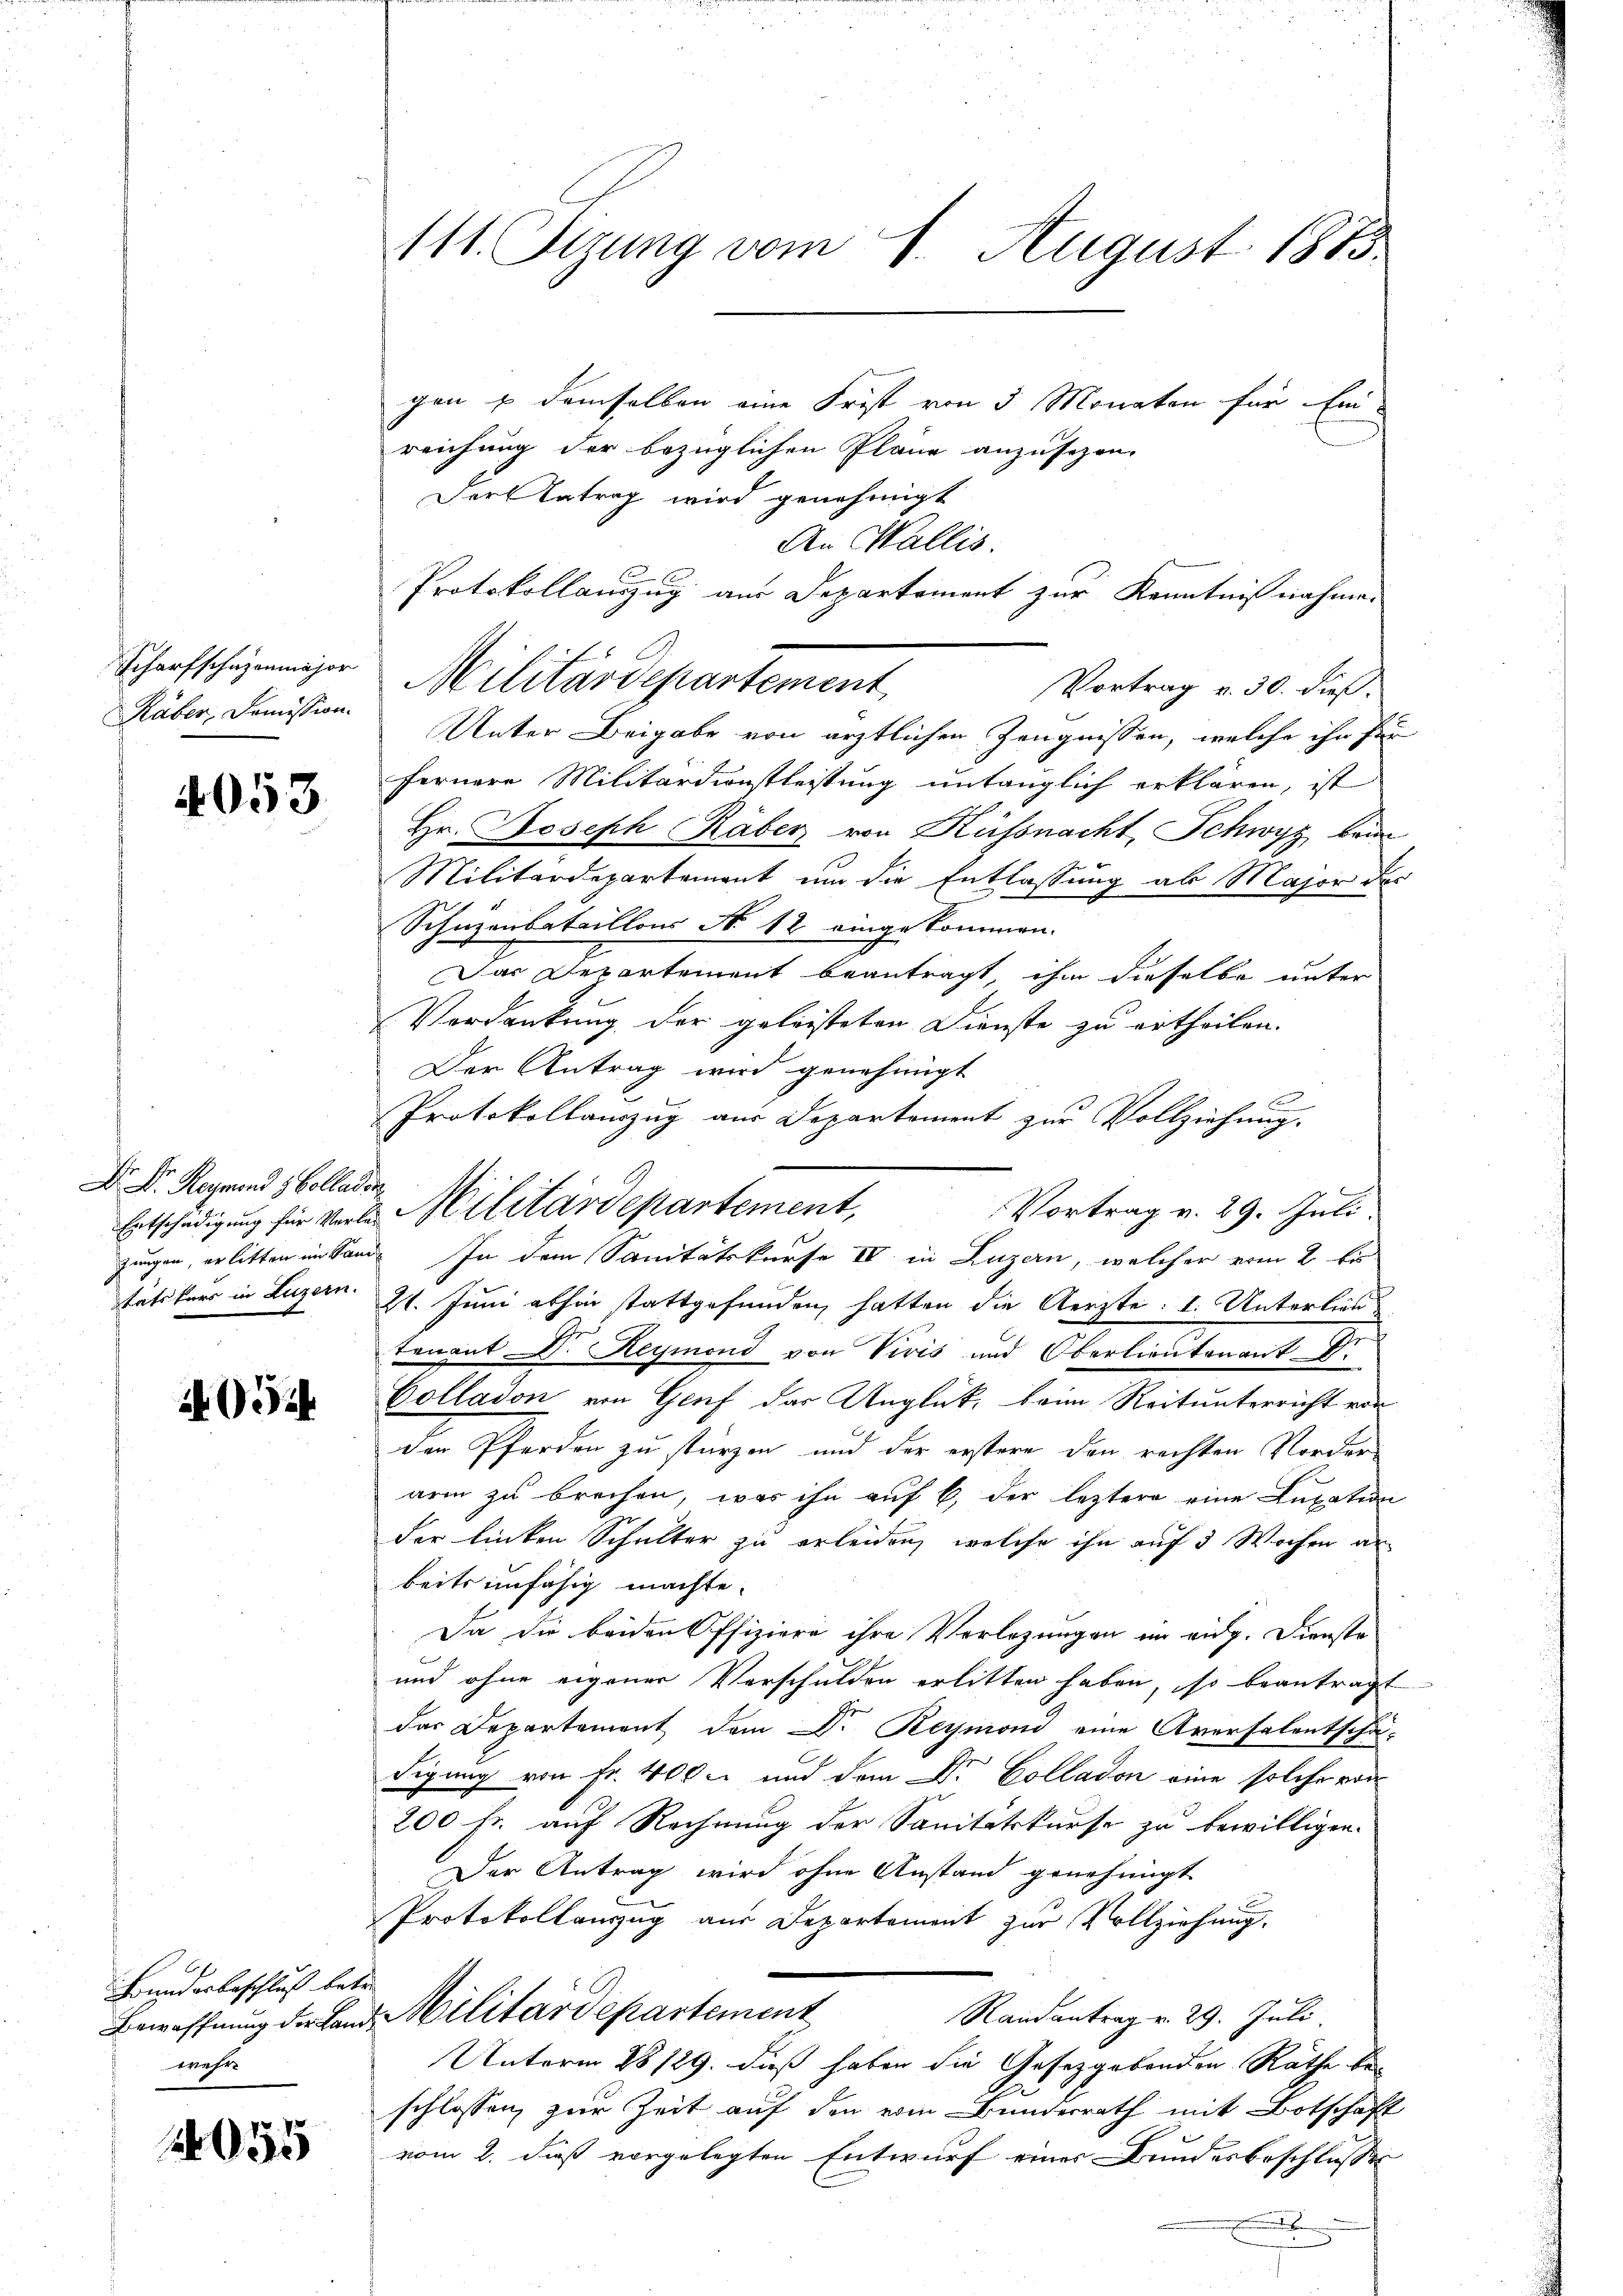
Scharfschazenmajor

4053.

H S.
D. D. Regrand & Colladen

4054

Bundesbeschluß betr.
wehn

2055

111. Sizung vom 1. August 1883.

gen u demselben eine Frist von 5 Monaten für Ein
reichung der bezüglichen Pläne anzusehen.
Farl Antrag wird genehmigt
An Wallis.
Protokollauszug aus Departement zur Kenntnißnahme.
Vortrag v. 30. dieß.
Unter Beigabe von ärztlichen Zeugnissen, welche ihn für
fernere Militärdienstleistung untauglich erklären, ist
Hr. Joseph Räber von Küssnacht, Schwyz beim
Militärdepartement um die Entlassung ab Major des
Schüzenbataillons No 12 eingekommen.
Das Departement beantragt, ihm dieselbe unter
Verdankung der geleisteten Dienste zu ertheilen.
Der Antrag wird genehmigt
Protokollauszug aus Departement zur Vollziehung.
Vortrag v. 29. Juli.
zungen, erlitten im Sand. In dem Sanitätskurse IV in Luzern, welcher eren 2 bis
tätikars in Luzern. 21. Juni abhin stattgefunden, hatten die Aerzte: 1. Unterlieu
tenpat Dr. Reymond von Vivis und Oberlieutenant Dr.
Colladon von Genf das Unglück, beim Reitunterricht von
den Pferden zu stürzen und der erstere den rechten Vorderarm zu brechen, was ihn auf 6 der leztere eine Luxation
der linken Schulter zu erleiden, welche ihn auf 5 Wochen ankeits unfähig machte.
Da die beiden Offiziere ihre Verlegungen im eidg. Dienste
und ohne eigener Vorschulden erlitten haben, so beantragt
das Departement dem Dr. Reymond eine Aversalentschädigung von Fr. 400 l. und dem Dr. Colladon eine solche von
200 fr. auf Rechnung der Sanitätskurse zu bewilligen.
Der Antrag wird ohne Anstand genehmigt
Protokollanzug aus Departement zur Vollziehung.
Randantrag v. 29. Juli
Bewaffnung der Land Militärdepartement
Unterm 28/29. dieß haben die Gesetzgebenden Räthe bei
schlossen, zur Zeit auf den vom Bunderrath mit Botschaft
vom 2. dieß vorgelegten Entwurf eines Bundesbeschlusse
.

Entschädigung für verle Militärdepartement,

Küber diensten Militärdepartement